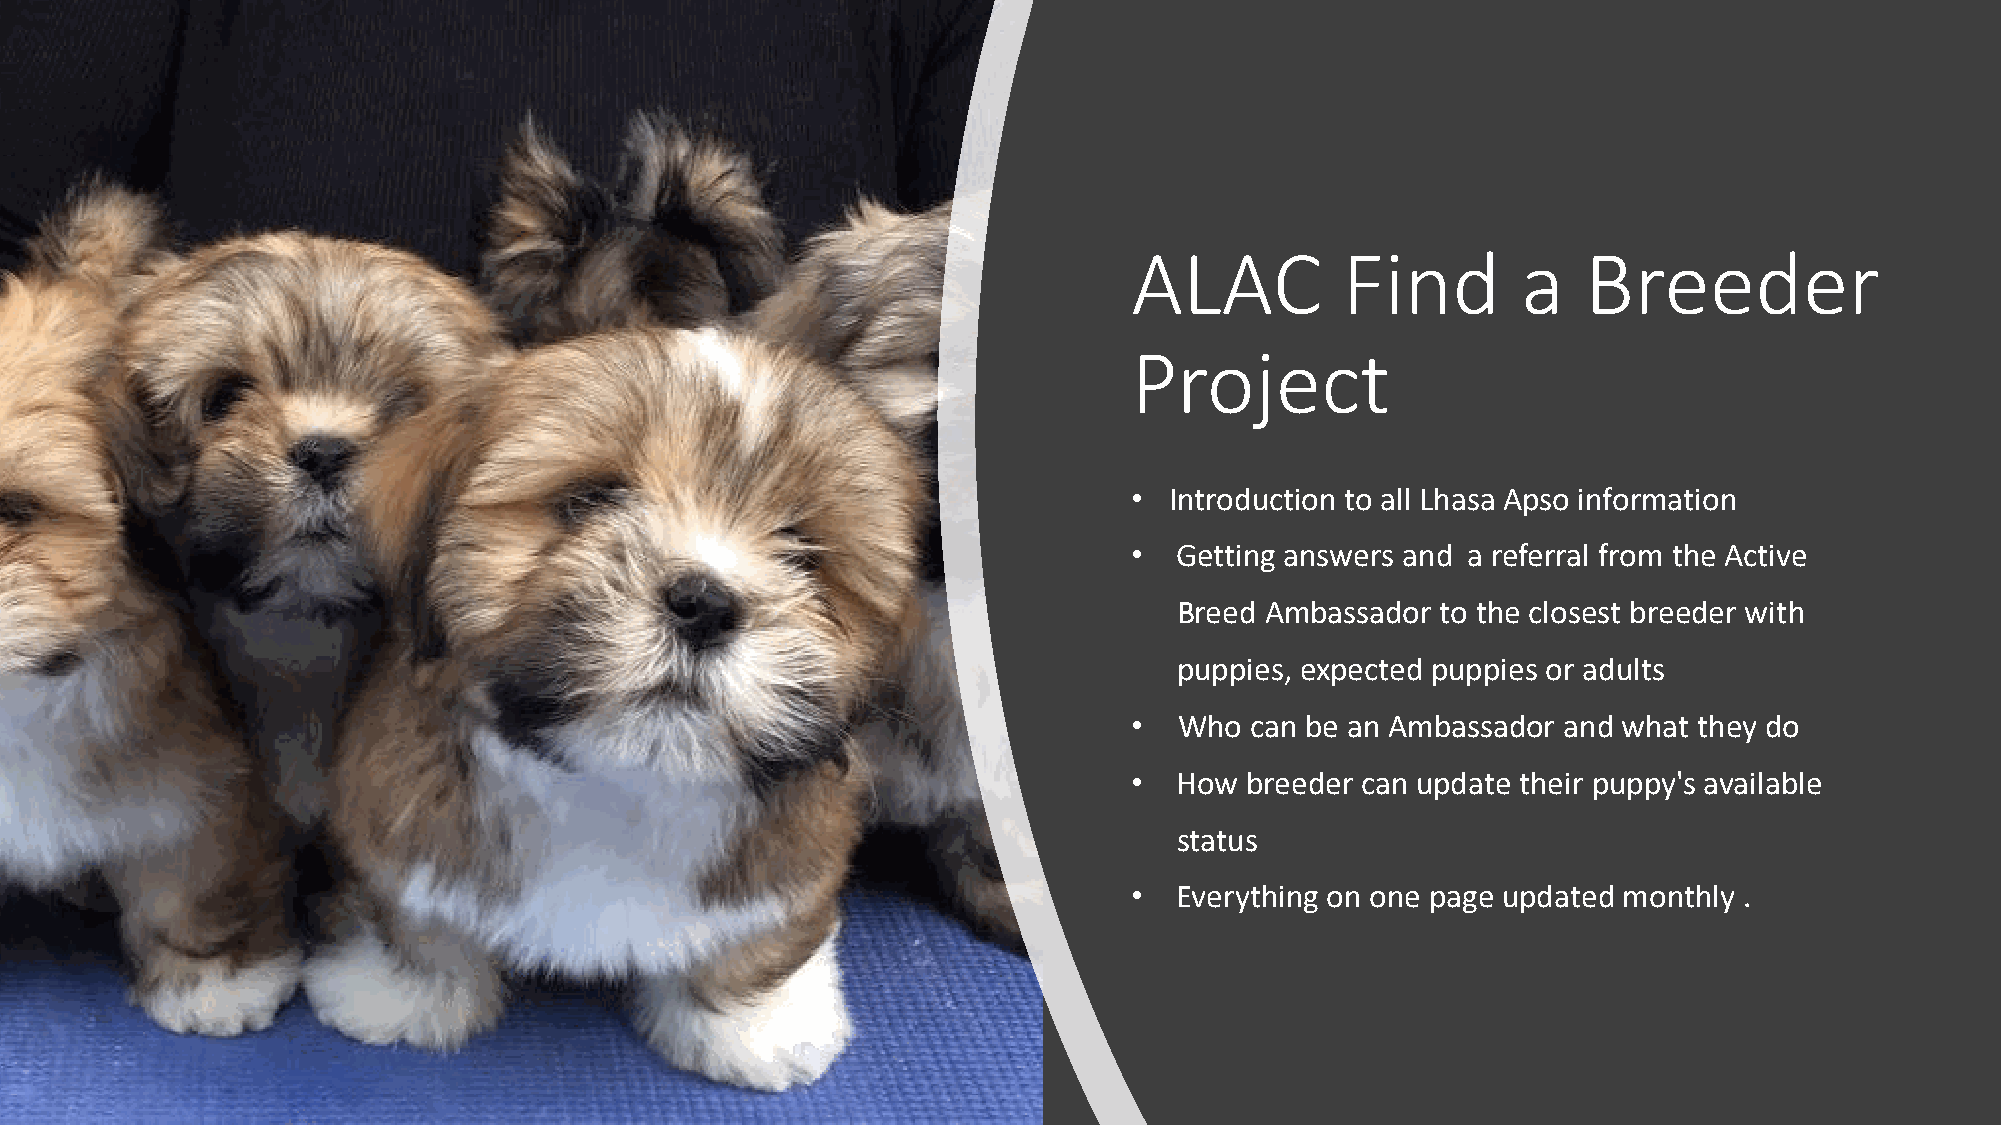
ALAC          Find        a   Breeder
 Project
 • Introduction to all Lhasa Apso information
 •  Getting answers and a referral from the Active
 Breed Ambassador to the closest breeder with
 puppies, expected puppies or adults
 •  Who  can be an Ambassador and what they do
 •  How breeder can update their puppy's available
 status
 •  Everything on one page updated monthly .